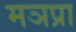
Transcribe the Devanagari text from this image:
मञप्रा